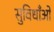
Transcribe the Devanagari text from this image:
सुविधाँओ